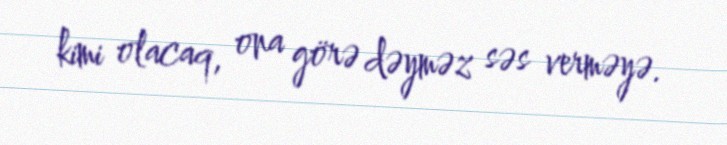
kimi olacaq, ona görə dəyməz səs verməyə.